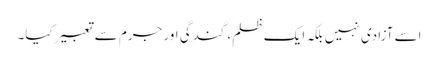
اسے آزادی نہیں بلکہ ایک ظلم، گندگی اور جرم سے تعبیرکیا۔